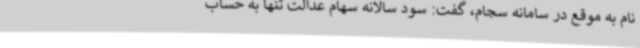
نام به موقع در سامانه سجام، گفت: سود سالانه سهام عدالت تنها به حساب